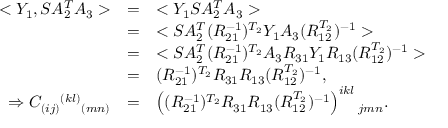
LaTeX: \begin{array} { r c l } { { < Y _ { 1 } , S A _ { 2 } ^ { T } A _ { 3 } > } } & { { = } } & { { < Y _ { 1 } S A _ { 2 } ^ { T } A _ { 3 } > } } \\ { { } } & { { = } } & { { < S A _ { 2 } ^ { T } ( R _ { 2 1 } ^ { - 1 } ) ^ { T _ { 2 } } Y _ { 1 } A _ { 3 } ( R _ { 1 2 } ^ { T _ { 2 } } ) ^ { - 1 } > } } \\ { { } } & { { = } } & { { < S A _ { 2 } ^ { T } ( R _ { 2 1 } ^ { - 1 } ) ^ { T _ { 2 } } A _ { 3 } R _ { 3 1 } Y _ { 1 } R _ { 1 3 } ( R _ { 1 2 } ^ { T _ { 2 } } ) ^ { - 1 } > } } \\ { { } } & { { = } } & { { ( R _ { 2 1 } ^ { - 1 } ) ^ { T _ { 2 } } R _ { 3 1 } R _ { 1 3 } ( R _ { 1 2 } ^ { T _ { 2 } } ) ^ { - 1 } , } } \\ { { \Rightarrow C _ { ( i j ) } { } ^ { ( k l ) } { } _ { ( m n ) } } } & { { = } } & { { \left( ( R _ { 2 1 } ^ { - 1 } ) ^ { T _ { 2 } } R _ { 3 1 } R _ { 1 3 } ( R _ { 1 2 } ^ { T _ { 2 } } ) ^ { - 1 } \right) ^ { i k l } { } _ { j m n } . } } \end{array}